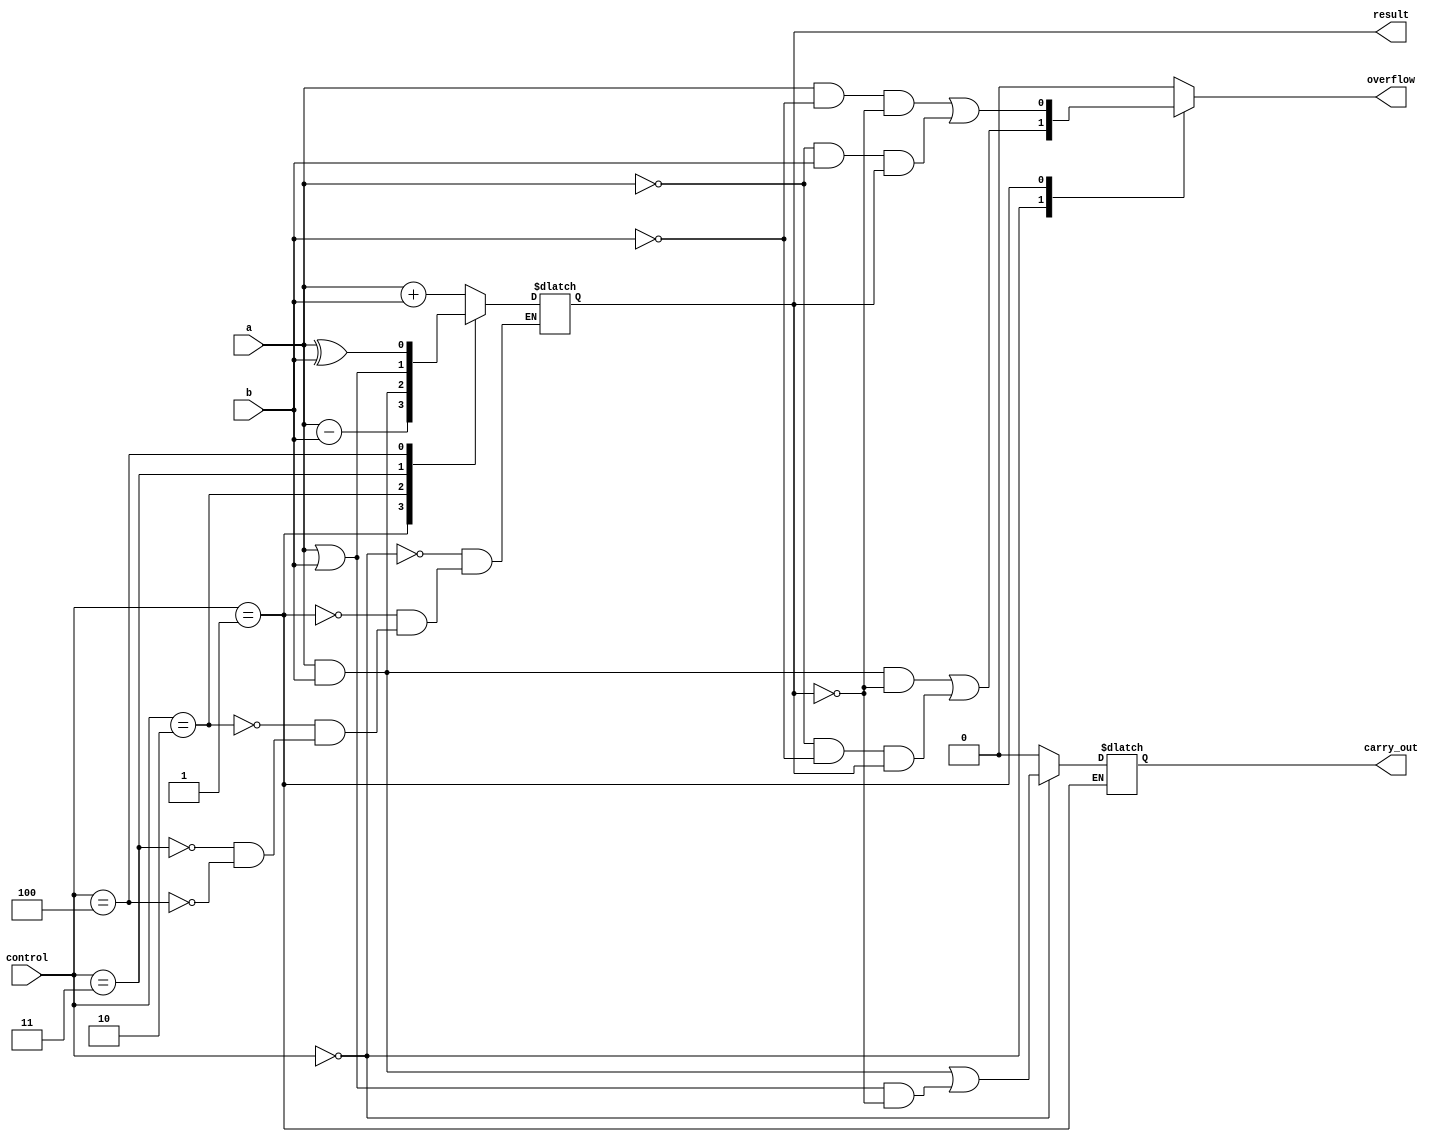
module alu_1bit(
    input wire a,
    input wire b,
    input wire[2:0] control,
    output reg result,
    output reg overflow,
    output reg carry_out
);

always @(*)
begin
    case(control)
        3'b000: result = a + b; // Addition
        3'b001: result = a - b; // Subtraction
        3'b010: result = a & b; // AND
        3'b011: result = a | b; // OR
        3'b100: result = a ^ b; // XOR
    endcase
end

always @(*)
begin
    case(control)
        3'b000: begin // Addition
            overflow = (a & b & ~result) | (~a & ~b & result);
            carry_out = (a & b) | ((a | b) & ~result);
        end
        3'b001: begin // Subtraction
            overflow = (a & ~b & ~result) | (~a & b & result);
            carry_out = carry_out; // No carry out for subtraction
        end
        default: begin
            overflow = 1'b0;
            carry_out = 1'b0;
        end
    endcase
end

endmodule